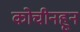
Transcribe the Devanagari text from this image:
कोचीनहून